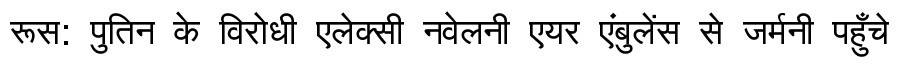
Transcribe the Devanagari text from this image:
रूस: पुतिन के विरोधी एलेक्सी नवेलनी एयर एंबुलेंस से जर्मनी पहुँचे